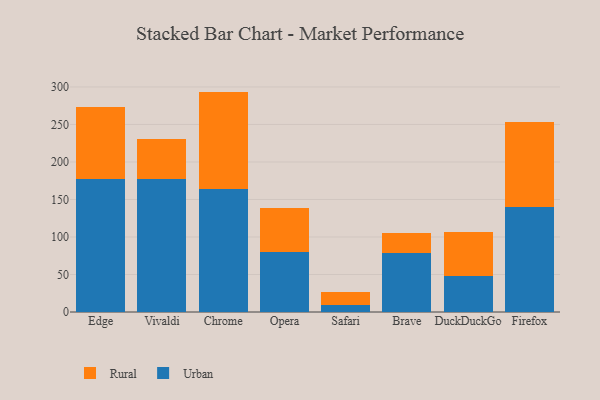
{"axis": {"x": "Browser", "y": "Inventory Turnover"}, "legend": ["Rural", "Urban"], "data": [{"x": "Edge", "y": 176.7, "type": "Urban"}, {"x": "Edge", "y": 96.2, "type": "Rural"}, {"x": "Vivaldi", "y": 177.3, "type": "Urban"}, {"x": "Vivaldi", "y": 52.8, "type": "Rural"}, {"x": "Chrome", "y": 164.0, "type": "Urban"}, {"x": "Chrome", "y": 129.8, "type": "Rural"}, {"x": "Opera", "y": 80.6, "type": "Urban"}, {"x": "Opera", "y": 57.9, "type": "Rural"}, {"x": "Safari", "y": 9.4, "type": "Urban"}, {"x": "Safari", "y": 17.1, "type": "Rural"}, {"x": "Brave", "y": 78.2, "type": "Urban"}, {"x": "Brave", "y": 26.8, "type": "Rural"}, {"x": "DuckDuckGo", "y": 47.7, "type": "Urban"}, {"x": "DuckDuckGo", "y": 59.1, "type": "Rural"}, {"x": "Firefox", "y": 140.5, "type": "Urban"}, {"x": "Firefox", "y": 112.7, "type": "Rural"}]}